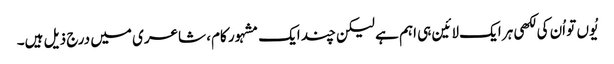
یُوں تو اُن کی لکھی ہر ایک لائین ہی اہم ہے لیکن چند ایک مشہور کام، شاعری میں درج ذیل ہیں۔